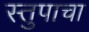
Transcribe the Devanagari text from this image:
स्तुपाचा